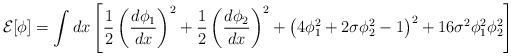
LaTeX: \begin{align*}{\cal E}[\phi]=\int dx \left[ \frac{1}{2} \left(\frac{d \phi_1}{dx}\right)^2 + \frac{1}{2} \left(\frac{d \phi_2}{d x}\right)^2 +\left( 4 \phi_1^2+ 2 \sigma \phi_2^2-1 \right)^2 + 16 \sigma^2\phi_1^2 \phi_2^2 \right] \end{align*}